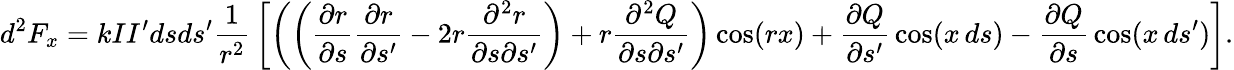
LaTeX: d^{2}F_{x}=kII^{\prime}dsds^{\prime}{\frac{1}{r^{2}}}\left[\left(\left({\frac{\partial r}{\partial s}}{\frac{\partial r}{\partial s^{\prime}}}-2r{\frac{\partial^{2}r}{\partial s\partial s^{\prime}}}\right)+r{\frac{\partial^{2}Q}{\partial s\partial s^{\prime}}}\right)\cos(rx)+{\frac{\partial Q}{\partial s^{\prime}}}\cos(x\, ds)-{\frac{\partial Q}{\partial s}}\cos(x\, ds^{\prime})\right].